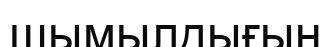
шымылдығын